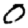
Digit: 0